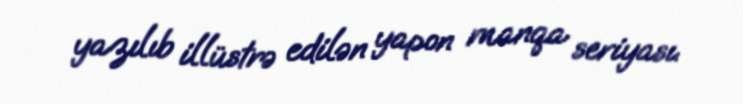
yazılıb illüstrə edilən yapon manqa seriyası.